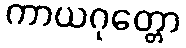
ကာယဂုတ္တော